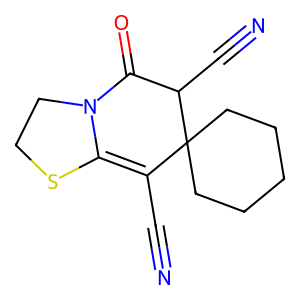
SMILES: N#CC1=C2SCCN2C(=O)C(C#N)C12CCCCC2
Inhibits HIV replication: No